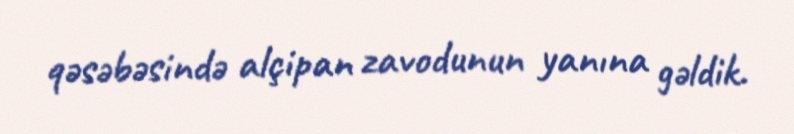
qəsəbəsində alçipan zavodunun yanına gəldik.